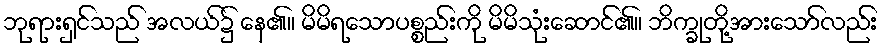
ဘုရားရှင်သည် အလယ်၌ နေ၏။ မိမိရသောပစ္စည်းကို မိမိသုံးဆောင်၏။ ဘိက္ခုတို့အားသော်လည်း